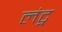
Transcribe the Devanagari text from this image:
लंट्न